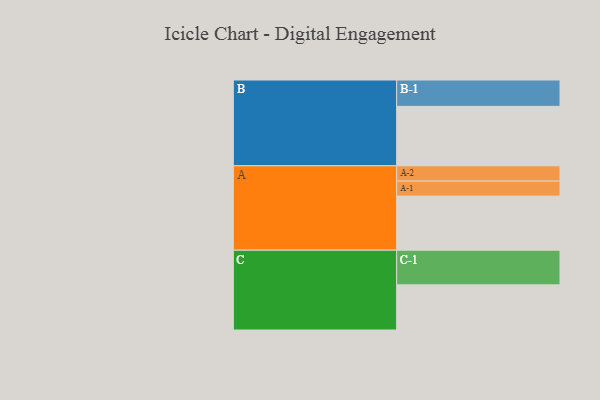
{"axis": {"x": "Segment", "y": "Value"}, "legend": ["", "A", "B", "C"], "data": [{"x": "A", "y": 386, "type": ""}, {"x": "B", "y": 424, "type": ""}, {"x": "C", "y": 322, "type": ""}, {"x": "A-1", "y": 107, "type": "A"}, {"x": "A-2", "y": 109, "type": "A"}, {"x": "B-1", "y": 188, "type": "B"}, {"x": "C-1", "y": 247, "type": "C"}]}